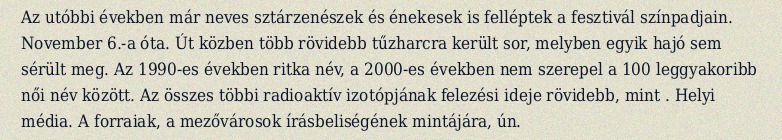
Az utóbbi években már neves sztárzenészek és énekesek is felléptek a fesztivál színpadjain. November 6.-a óta. Út közben több rövidebb tűzharcra került sor, melyben egyik hajó sem sérült meg. Az 1990-es években ritka név, a 2000-es években nem szerepel a 100 leggyakoribb női név között. Az összes többi radioaktív izotópjának felezési ideje rövidebb, mint . Helyi média. A forraiak, a mezővárosok írásbeliségének mintájára, ún.